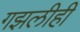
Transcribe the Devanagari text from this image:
गझलीही